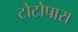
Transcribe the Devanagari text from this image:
टोटोपारा